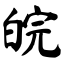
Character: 皖